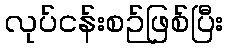
လုပ်ငန်းစဉ်ဖြစ်ပြီး